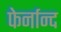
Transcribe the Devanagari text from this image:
फेर्नान्द